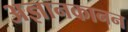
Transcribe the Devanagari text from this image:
अज्ञानकानन